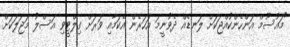
"މައުސޫމް އަންހެންކުއްޖަކަށް ލަނޑެއް ދެވުނީމަ އަހަރެން އެކަމާއި ވަރަށް ގިލްޓީވި އަސްލު މަޖަލަކަށް